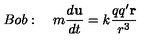
B o b : \quad m \frac { d \mathbf { u } } { d t } = k \frac { q q ^ { \prime } \mathbf { r } } { r ^ { 3 } } \qquad \qquad